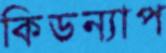
কিডন্যাপ